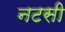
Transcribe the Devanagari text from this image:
नटसी